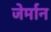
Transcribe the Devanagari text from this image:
जेर्मान